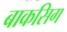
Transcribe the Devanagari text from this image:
बाकसिग